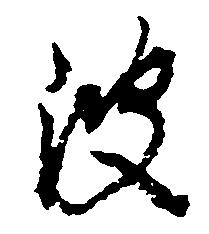
波